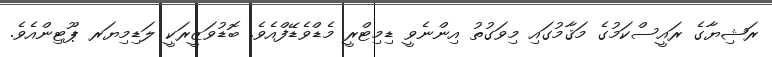
ރަޝިޔާގެ ރައީސްކަމުގެ މަޤާމުގައި މިވަގުތު އިިންނެވީ ޑިމިޓްރީ މެޑްވެޑޭފްއެވެ. ބޮޑުވަޒީރަކީ ލަޑިމިޔަރ ޕޫޓިންއެވެ.